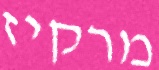
מרקיז